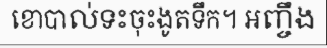
ខោបាល់ទះចុះងូតទឹក។ អញ្ចឹង